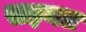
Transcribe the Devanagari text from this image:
सइयत